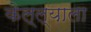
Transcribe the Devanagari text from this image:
केल्ल्याला